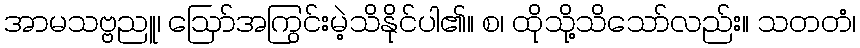
အာမသဗ္ဗညူ၊ ဩော်အကြွင်းမဲ့သိနိုင်ပါ၏။ စ၊ ထိုသို့သိသော်လည်း။ သတတံ၊